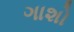
ગાશો